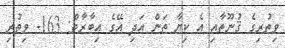
ވިތުރިގެ ޤުނޫތާއި އެ ކިޔާ ތަން އަދި އޭގެ ޢިބާރާތް: 163- ވިތުރި